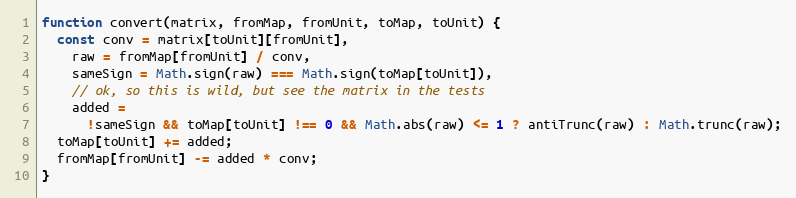
Language: JavaScript
function convert(matrix, fromMap, fromUnit, toMap, toUnit) {
  const conv = matrix[toUnit][fromUnit],
    raw = fromMap[fromUnit] / conv,
    sameSign = Math.sign(raw) === Math.sign(toMap[toUnit]),
    // ok, so this is wild, but see the matrix in the tests
    added =
      !sameSign && toMap[toUnit] !== 0 && Math.abs(raw) <= 1 ? antiTrunc(raw) : Math.trunc(raw);
  toMap[toUnit] += added;
  fromMap[fromUnit] -= added * conv;
}